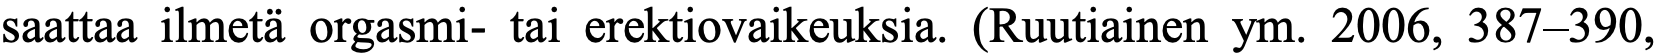
saattaa ilmetä orgasmi- tai erektiovaikeuksia. (Ruutiainen ym. 2006, 387–390,